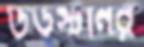
উডস্টনের